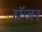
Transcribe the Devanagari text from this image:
राॅजर